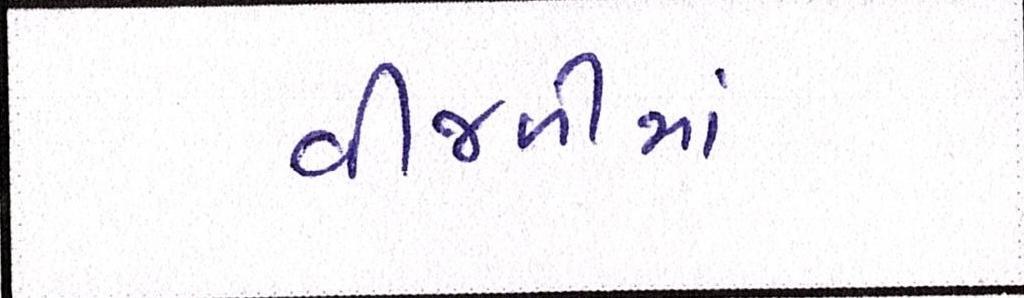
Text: વીજળીમાં